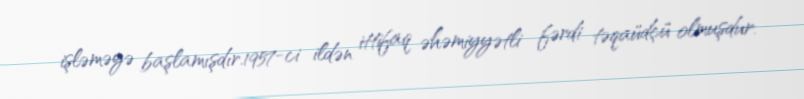
işləməyə başlamışdır.1957-ci ildən ittifaq əhəmiyyətli fərdi təqaüdçü olmuşdur.